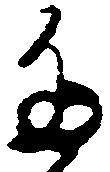
多